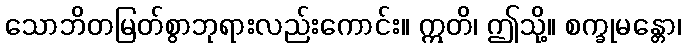
သောဘိတမြတ်စွာဘုရားလည်းကောင်း။ ဣတိ၊ ဤသို့။ စက္ခုမန္တော၊